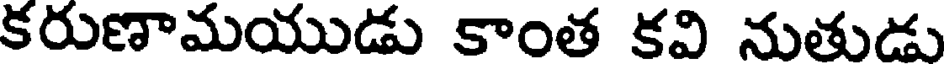
కరుణామయుడు కాంత కవి నుతుడు